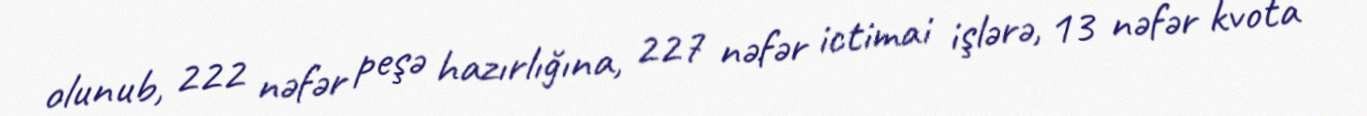
olunub, 222 nəfər peşə hazırlığına, 227 nəfər ictimai işlərə, 13 nəfər kvota